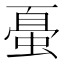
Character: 𰳀